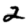
Digit: 2